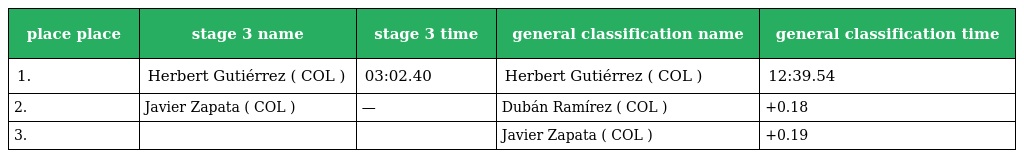
| place place | stage 3 name | stage 3 time | general classification name | general classification time |
 | --- | --- | --- | --- | --- |
 | 1. | Herbert Gutiérrez ( COL ) | 03:02.40 | Herbert Gutiérrez ( COL ) | 12:39.54 |
 | 2. | Javier Zapata ( COL ) | — | Dubán Ramírez ( COL ) | +0.18 |
 | 3. |  |  | Javier Zapata ( COL ) | +0.19 |